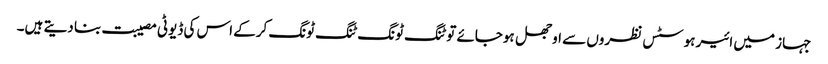
جہاز میں ائیر ہوسٹس نظروں سے اوجھل ہوجائے تو ٹنگ ٹونگ ٹنگ ٹونگ کرکے اس کی ڈیوٹی مصیبت بنا دیتے ہیں۔